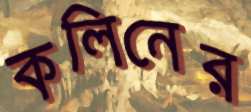
কলিনের